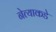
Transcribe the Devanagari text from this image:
नेत्याकडे